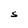
Character: S